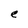
Character: e